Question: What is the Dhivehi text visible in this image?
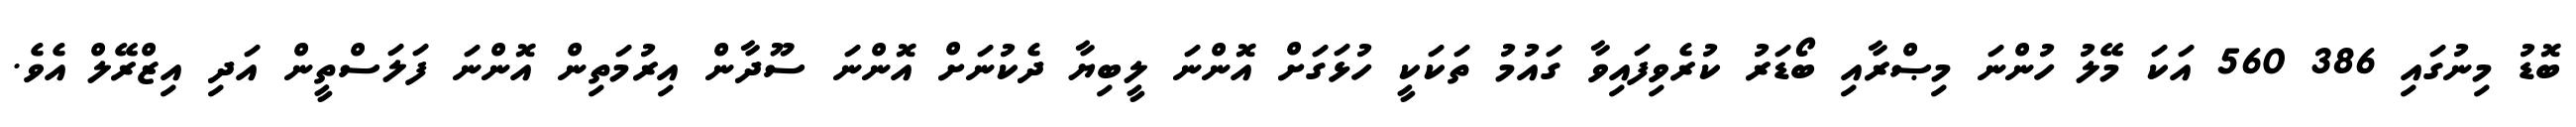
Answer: ބޮޑު މިނުގައި 386 560 އަކަ މޭލު ހުންނަ މިޞްރާއި ބޯޑަރު ކުރެވިފައިވާ ގައުމު ތަކަކީ ހުޅަގަށް އޮންނަ ލީބިޔާ ދެކުނަށް އޮންނަ ސޫދާން އިރުމަތިން އޮންނަ ފަލަސްތީން އަދި އިޒްރޭލް އެވެ.